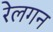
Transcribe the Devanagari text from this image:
रेलगन